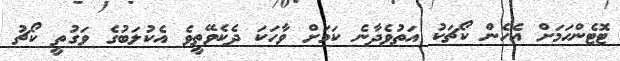
ޓޮޓެންހަމަށް އެހެން ކޯޗަކު އަތުވެދާނެ ކަމަށް ވާހަކަ ދެކެވޭތީވެ އެކުލަބުގެ ވަގުތީ ކޯޗު